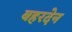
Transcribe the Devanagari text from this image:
बहरदेन